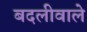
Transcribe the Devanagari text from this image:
बदलीवाले